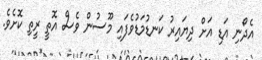
އެދޯނި އަޑި އަށް ދިޔައިރު ކަނޑުމަޑުވެފައި މޫސުން ވެސް އޮތީ ރީތި ކޮށެވެ.